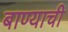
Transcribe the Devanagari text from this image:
बाण्याची